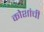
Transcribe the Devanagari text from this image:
कोशांची